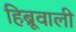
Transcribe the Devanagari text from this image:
हिब्रूवाली